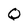
Character: Q